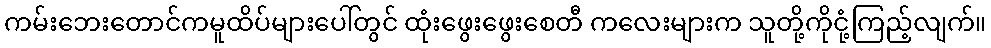
ကမ်းဘေးတောင်ကမူထိပ်များပေါ်တွင် ထုံးဖွေးဖွေးစေတီ ကလေးများက သူတို့ကိုငုံ့ကြည့်လျက်။